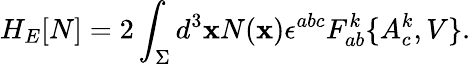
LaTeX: H_{E}[N]=2\int_{\Sigma}d^{3}\mathbf{x}N(\mathbf{x})\epsilon^{abc}F_{ab}^{k}\{ A_{c}^{k},V\} .